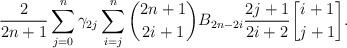
LaTeX: \begin{align*} \frac{2}{2n+1}\sum\limits_{j=0}^n \gamma_{2j} \sum\limits_{i=j}^n {2n+1 \choose 2i+1} B_{2n-2i} \frac{2j+1}{2i+2} {i+1\brack j+1}.\end{align*}